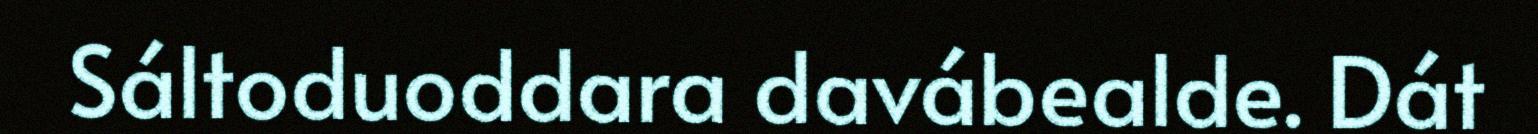
Sáltoduoddara davábealde. Dát